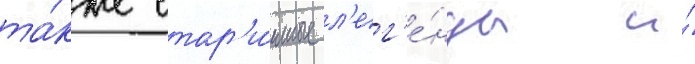
та́кже стар'и́нные л'ег'е́нды и́